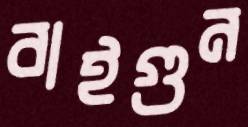
বাইগুন